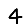
Digit: 4